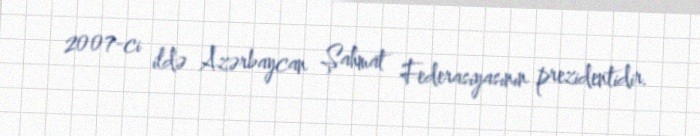
2007-ci ildə Azərbaycan Şahmat Federasiyasının prezidentidir.